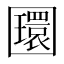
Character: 𡈵